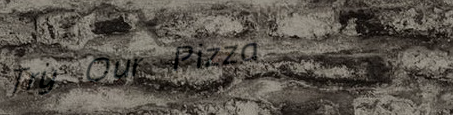
Try Our Pizza